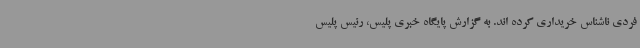
فردی ناشناس خریداری کرده اند. به گزارش پایگاه خبری پلیس، رئیس پلیس